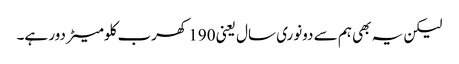
لیکن یہ بھی ہم سے دونوری سال یعنی 190 کھرب کلومیٹر دور ہے۔